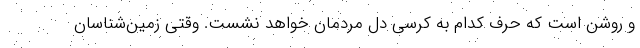
و روشن است که حرف کدام به کرسی دل مردمان خواهد نشست. وقتی زمین‌شناسان